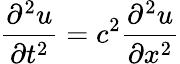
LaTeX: {\frac{\partial^{2}u}{\partial t^{2}}}=c^{2}{\frac{\partial^{2}u}{\partial x^{2}}}